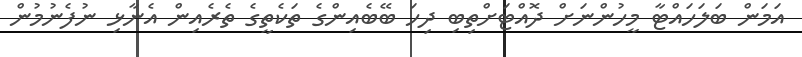
އަމަން ބަލަހައްޓާ މީހުންނަށް ދޮއްޓަށްތިބި ދިހަ ބޭބެއިންގެ ތަކެތީގެ ތެރެއިން އެނާޅި ނުފެނުމުން